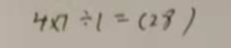
4 \times 7 \div 1 = ( 2 8 )